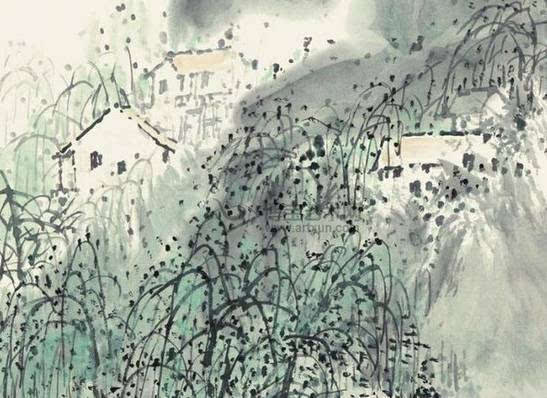
山僧过岭看茶老，村女当垆煮酒香。